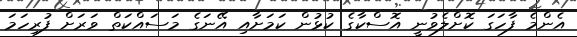
އެންމެ ފާހަގަ ކޮށްލެވުނީ އޮސްކާގެ ކުޅުން ކަމަށާއި އޭނަގެ މަސައްކަތް ވަރަށް ފުރިހަމަ